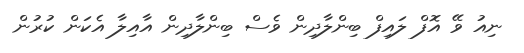
ނިއު ވޭ އޮފް ލައިފް ބިންލާދިން ވެސް ބިންލާދިން އާއިލާ އެކަން ކުރުން